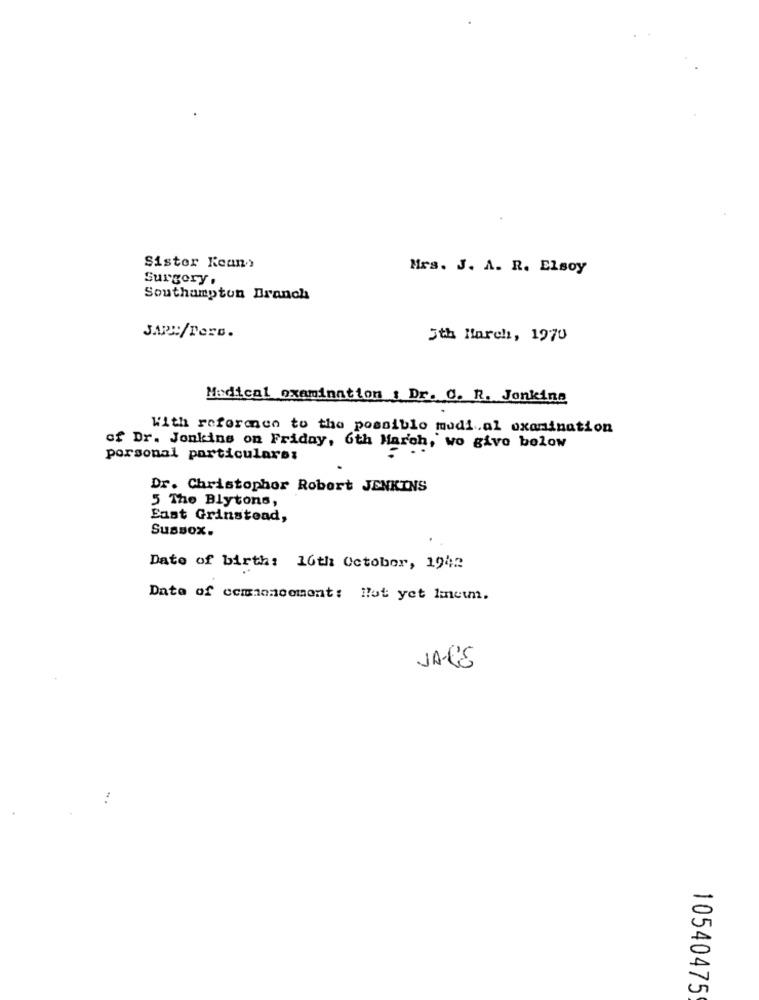
Sister Kean:
Mrs. J. A. R. Elsoy
Surgory.
Southampton Branch
JARE/Perc.
5th March, 1970
Medical examination : Dr. C. R. Jonkina
With reformen to the possible mudi.al examination
of Dr. Jonkins on Friday, 6th March, wo give below
porsonal particulares
Dr. Christopher Robert JENKINS
5 The Blytons,
East Grinstead,
Sussox.
Date of birth: 16th October, 1942
Date of ccminncoment: lut yet lmneun.
JA-RE
10540475